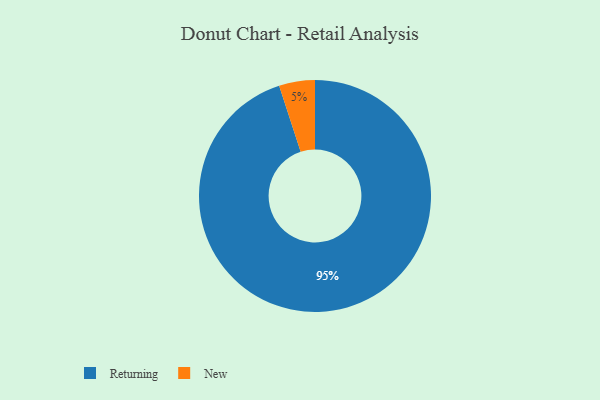
{"axis": {"x": "Category", "y": "Percentage"}, "legend": ["New", "Returning"], "data": [{"x": "Returning", "y": 95, "type": "Returning"}, {"x": "New", "y": 5, "type": "New"}]}